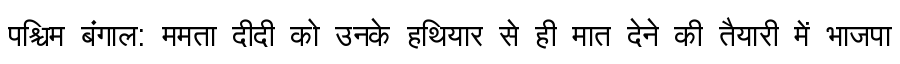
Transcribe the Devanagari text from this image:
पश्चिम बंगाल: ममता दीदी को उनके हथियार से ही मात देने की तैयारी में भाजपा